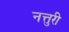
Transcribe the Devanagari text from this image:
नत्तुरी